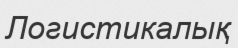
Логистикалық